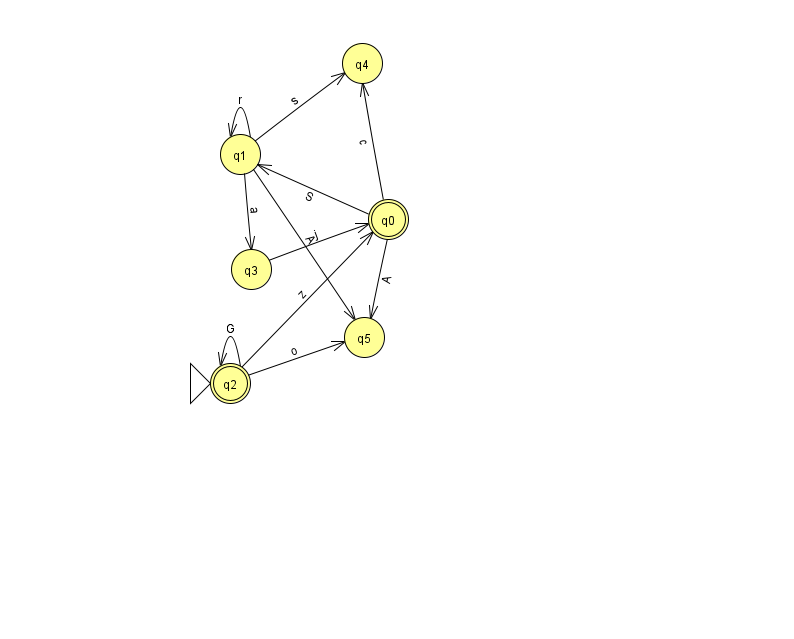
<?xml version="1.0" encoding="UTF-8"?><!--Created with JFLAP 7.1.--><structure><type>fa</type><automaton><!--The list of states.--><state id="0" name="q0"><x>388.0</x><y>206.0</y><final/></state><state id="1" name="q1"><x>240.0</x><y>141.0</y></state><state id="2" name="q2"><x>230.0</x><y>370.0</y><initial/><final/></state><state id="3" name="q3"><x>251.0</x><y>256.0</y></state><state id="4" name="q4"><x>362.0</x><y>50.0</y></state><state id="5" name="q5"><x>364.0</x><y>324.0</y></state><!--The list of transitions.--><transition><from>0</from><to>5</to><read>A</read></transition><transition><from>2</from><to>0</to><read>z</read></transition><transition><from>1</from><to>1</to><read>r</read></transition><transition><from>0</from><to>4</to><read>c</read></transition><transition><from>1</from><to>3</to><read>a</read></transition><transition><from>2</from><to>5</to><read>o</read></transition><transition><from>2</from><to>2</to><read>G</read></transition><transition><from>3</from><to>0</to><read>j</read></transition><transition><from>0</from><to>1</to><read>S</read></transition><transition><from>1</from><to>4</to><read>s</read></transition><transition><from>1</from><to>5</to><read>A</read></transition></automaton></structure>